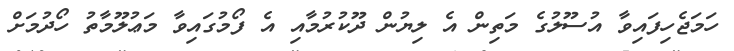
ހަމަޖެހިފައިވާ އުސޫލުގެ މަތިން އެ ލިޔުން ދޫކުރުމާއި އެ ފޯމުގައިވާ މަޢުލޫމާތު ހޯދުމަށް